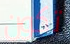
تكون